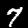
Digit: 7